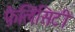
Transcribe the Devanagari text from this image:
फ़ेलिसिटी